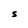
Character: S